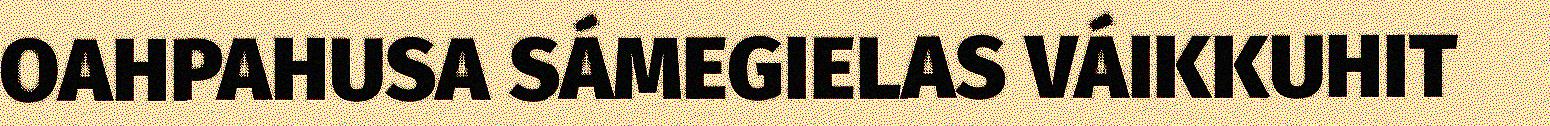
OAHPAHUSA SÁMEGIELAS VÁIKKUHIT